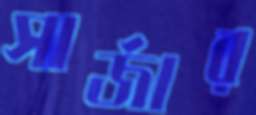
সার্জার